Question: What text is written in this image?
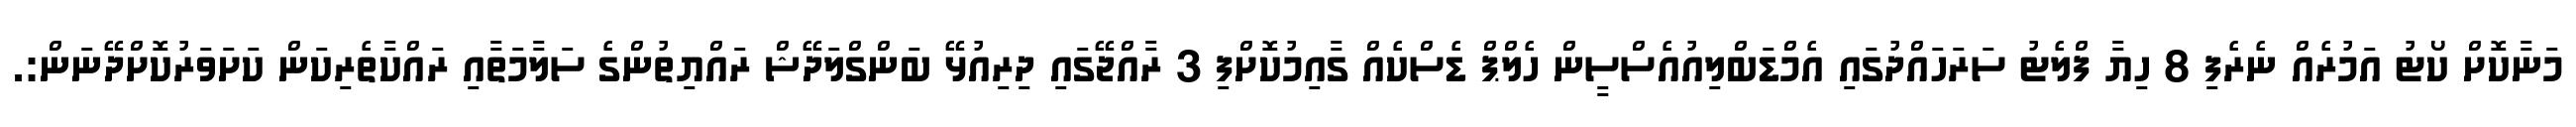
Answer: މަނާކޮށް ކޯޓު އަމުރެއް ނެރެފި 8 ހިޔާ ފްލެޓު ސަރަހައްދުގައި އެމްޑަބްލިއުއެސްސީން ހެލްޕް ޑެސްކެއް ގާއިމުކޮށްފި 3 ރާއްޖޭގައި ދިރިއުޅޭ ބަންގްލަދޭޝް ރައްޔިތުންގެ ސަލާމަތާއި ރައްކާތެރިކަން ކަށަވަރުކޮށްދޭނަން:.